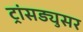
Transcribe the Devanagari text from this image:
ट्रांसड्युसर